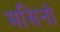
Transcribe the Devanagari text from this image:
मसिनो